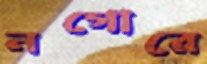
নগোরে